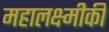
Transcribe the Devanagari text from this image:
महालक्ष्मीकी